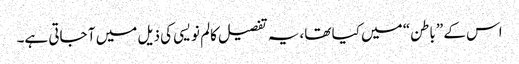
اس کے ”باطن“ میں کیا تھا، یہ تفصیل کالم نویسی کی ذیل میں آ جاتی ہے۔